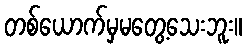
တစ်ယောက်မှမတွေ့သေးဘူး။